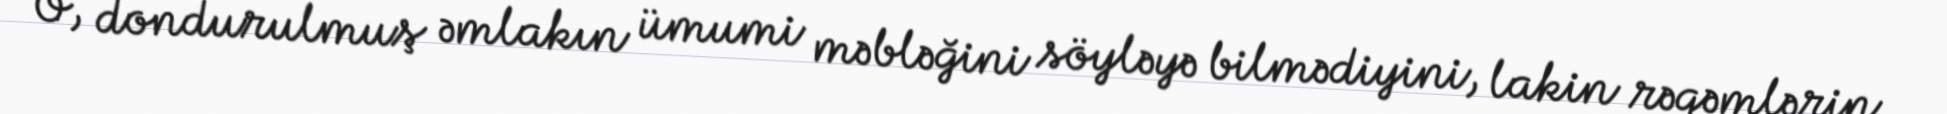
O, dondurulmuş əmlakın ümumi məbləğini söyləyə bilmədiyini, lakin rəqəmlərin